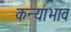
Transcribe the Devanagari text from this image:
कन्याभाव